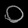
Digit: ၀